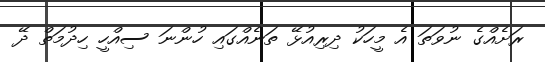
ރަށެއްގެ ނުވަތަ އެ މީހަކު ދިރިއުޅޭ ތަނެއްގައި ހުންނަ ސިއްހީ ހިދުމަތް ދޭ